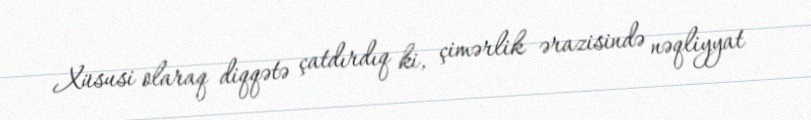
Xüsusi olaraq diqqətə çatdırdıq ki, çimərlik ərazisində nəqliyyat